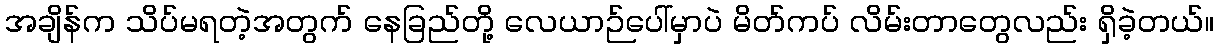
အချိန်က သိပ်မရတဲ့အတွက် နေခြည်တို့ လေယာဉ်ပေါ်မှာပဲ မိတ်ကပ် လိမ်းတာတွေလည်း ရှိခဲ့တယ်။